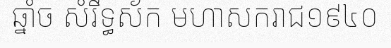
ឆ្នាំច សំរឹទ្ធស័ក មហាសករាជ១៩៤០